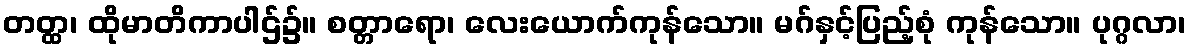
တတ္ထ၊ ထိုမာတိကာပါဌ်၌။ စတ္တာရော၊ လေးယောက်ကုန်သော။ မဂ်နှင့်ပြည့်စုံ ကုန်သော။ ပုဂ္ဂလာ၊